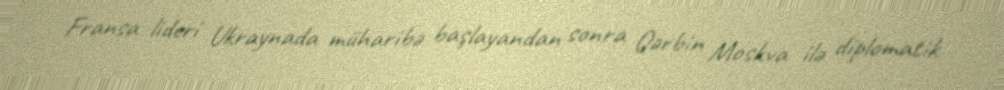
Fransa lideri Ukraynada müharibə başlayandan sonra Qərbin Moskva ilə diplomatik